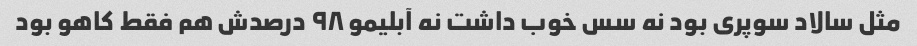
مثل سالاد سوپری بود نه سس خوب داشت نه آبلیمو ۹۸ درصدش هم فقط کاهو بود